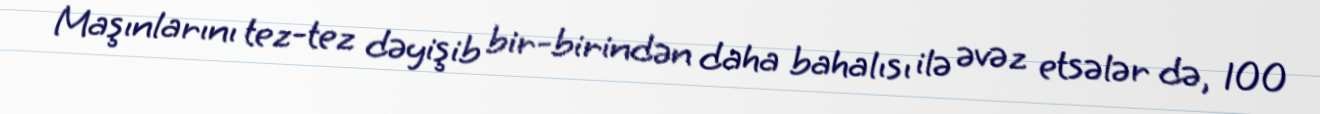
Maşınlarını tez-tez dəyişib bir-birindən daha bahalısı ilə əvəz etsələr də, 100